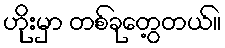
ဟိုးမှာ တစ်ခုတွေ့တယ်။